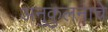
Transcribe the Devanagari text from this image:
अनुकुलनाचे